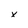
Character: x